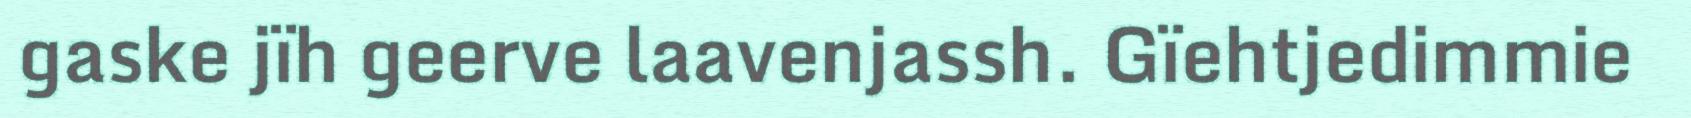
gaske jïh geerve laavenjassh. Gïehtjedimmie